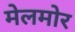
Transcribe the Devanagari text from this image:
मेलमोर